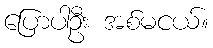
ပြောပါဦး အစ်မငယ်။